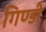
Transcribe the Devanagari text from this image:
गिण्डी